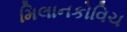
મિલાનકોવિચ